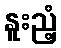
နူးညံ့